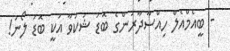
- ބީއެމްއެލް ހިއްސާދާރުންގެ ބޮޑު ޝަކުވާ އަކީ ބޮޑު ލޯނު!